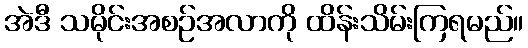
အဲဒီ သမိုင်းအစဉ်အလာကို ထိန်းသိမ်းကြရမည်။